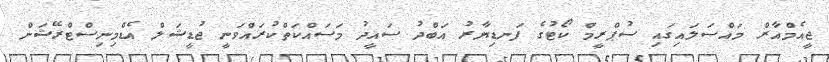
ޖީއެމްއާރް މައްސަލައިގައި ސުޕްރީމް ކޯޓުގެ ފަނޑިޔާރު އަބްދު ސައީދު މަސައްކަތްކުރައްވަނީ ޖުޑީޝަލް އެޑްމިނިސްޓްރޭޝަން